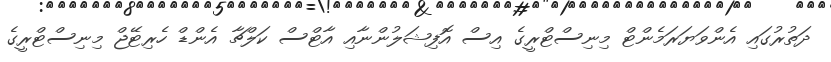
ދަތުރުގައި އެންވަޔަރަމެންޓް މިނިސްޓްރީގެ އިސް އޮފިޝަލުންނާއި އާޓްސް ކަލްޗާ އެންޑް ހެރިޓޭޖް މިނިސްޓްރީގެ